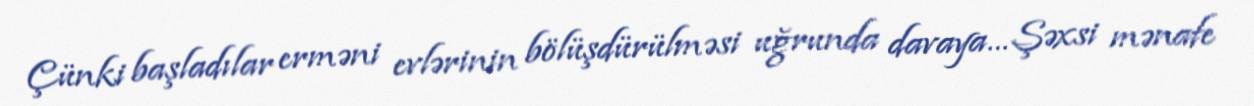
Çünki başladılar erməni evlərinin bölüşdürülməsi uğrunda davaya… Şəxsi mənafe